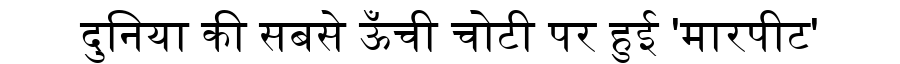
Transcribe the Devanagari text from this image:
दुनिया की सबसे ऊँची चोटी पर हुई 'मारपीट'